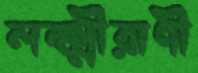
লক্ষ্মীরাণী